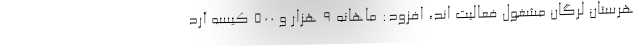
هرستان لرگان مشغول فعالیت اند، افزود: ماهانه ۹ هزار و ۵۰۰ کیسه آرد